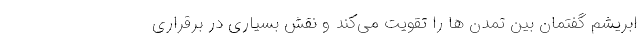
ابریشم گفتمان بین تمدن ها را تقویت می‌کند و نقش بسیاری در برقراری